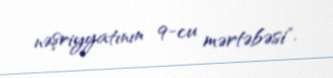
nəşriyyatının 9-cu mərtəbəsi".